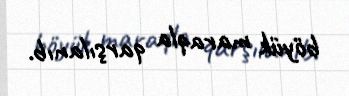
böyük maraqla qarşılanıb.